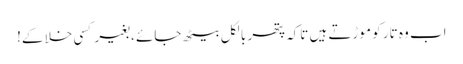
اب وہ تار کو موڑتے ہیں تاکہ پتھر بالکل بیٹھ جائے ، بغیر کسی خلا کے!